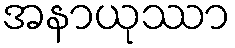
အနာယုဿာ